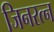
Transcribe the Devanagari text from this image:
जिनरत्न